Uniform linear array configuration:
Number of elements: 32
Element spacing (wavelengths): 0.5
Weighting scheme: blackman
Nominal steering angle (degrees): -60
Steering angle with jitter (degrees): -59.864
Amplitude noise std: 0.05
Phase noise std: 0.05

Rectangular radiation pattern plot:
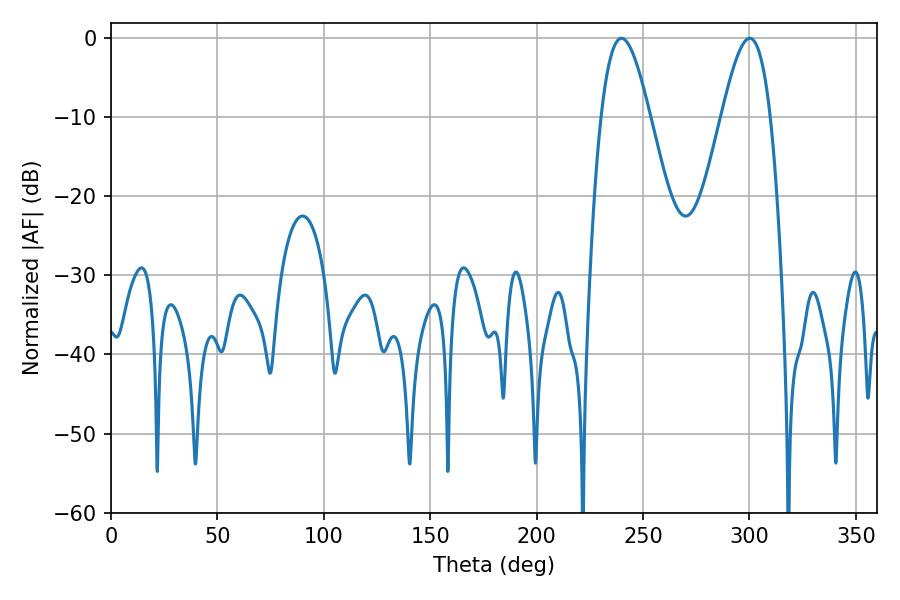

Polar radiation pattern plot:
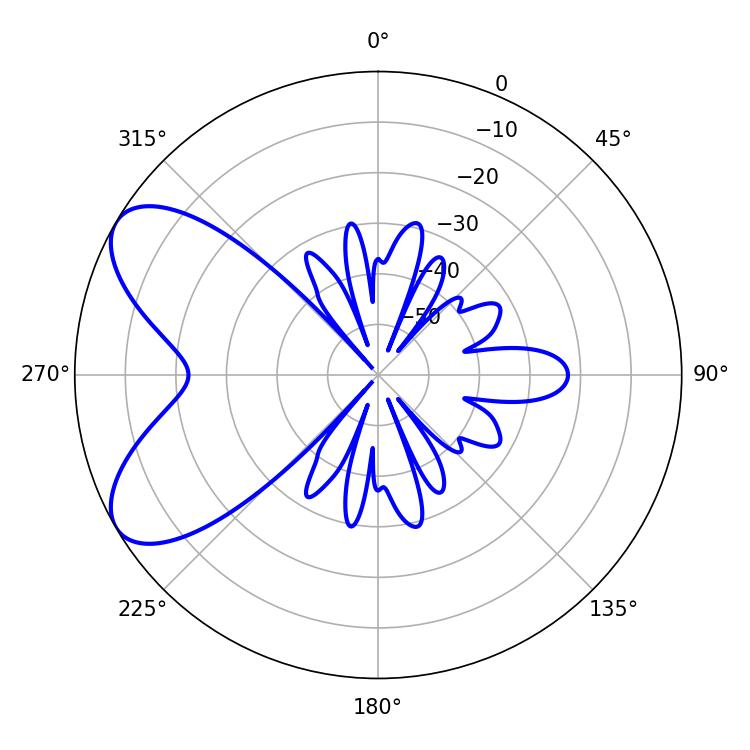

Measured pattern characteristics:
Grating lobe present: FALSE
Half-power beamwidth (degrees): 12.24
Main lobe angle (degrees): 300.06